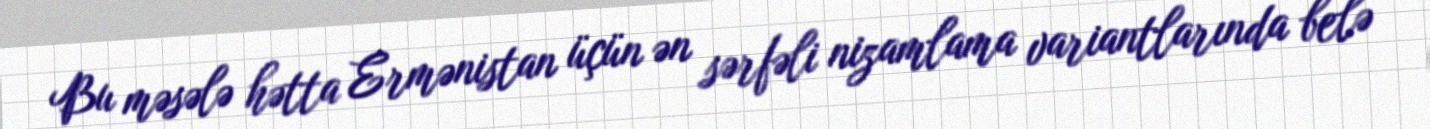
Bu məsələ hətta Ermənistan üçün ən sərfəli nizamlama variantlarında belə